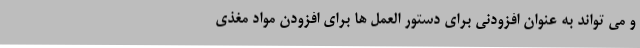
و می تواند به عنوان افزودنی برای دستور العمل ها برای افزودن مواد مغذی